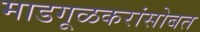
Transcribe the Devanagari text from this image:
माडगूळकरांसोबत